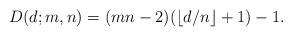
LaTeX: \begin{align*}D(d;m,n)=(mn-2)(\lfloor d/n\rfloor+1)-1.\end{align*}